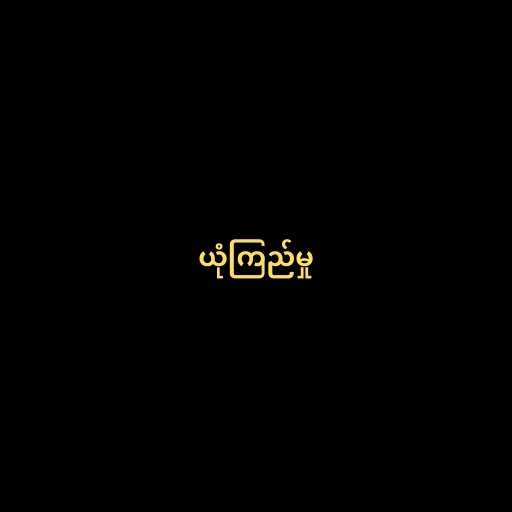
ယုံကြည်မှု